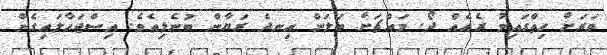
ވަރަށް ހިތްގައިމު ރެއެއް ދޯ. މައްޗަށް ބަލަން އިނދެ ރަޔާން ބުނެލިއެވެ. އިސްޖަހާލައިގެން